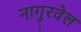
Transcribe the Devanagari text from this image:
नागुरवेल